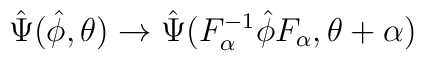
\hat\Psi(\hat\phi, \theta)\rightarrow \hat\Psi(F^{- 1}_{\alpha} \hat\phi F_{\alpha}, \theta + \alpha)